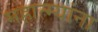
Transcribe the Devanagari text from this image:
महात्म्यांना